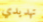
تهديدي